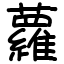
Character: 蘿